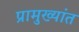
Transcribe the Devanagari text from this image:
प्रामुख्यांत